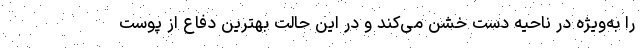
را به‌ویژه در ناحیه دست خشن می‌کند و در این حالت بهترین دفاع از پوست